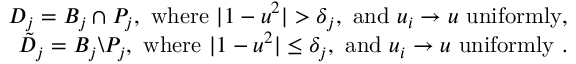
\begin{array} { r l r } & { } & { D _ { j } = B _ { j } \cap P _ { j } , \mathrm { ~ w h e r e ~ } | 1 - u ^ { 2 } | > \delta _ { j } , \mathrm { ~ a n d ~ } u _ { i } \rightarrow u \mathrm { ~ u n i f o r m l y } , } \\ & { } & { \tilde { D } _ { j } = B _ { j } \backslash P _ { j } , \mathrm { ~ w h e r e ~ } | 1 - u ^ { 2 } | \leq \delta _ { j } , \mathrm { ~ a n d ~ } u _ { i } \rightarrow u \mathrm { ~ u n i f o r m l y ~ } . } \end{array}